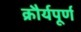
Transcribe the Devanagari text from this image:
क्रौर्यपूर्ण